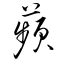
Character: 蘋